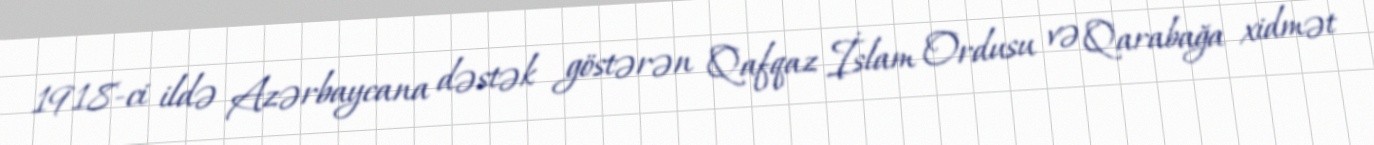
1918-ci ildə Azərbaycana dəstək göstərən Qafqaz İslam Ordusu və Qarabağa xidmət